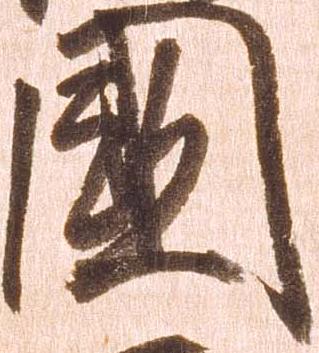
国